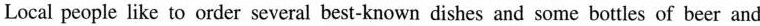
Local people like to order several best-known dishes and some bottles of beer and